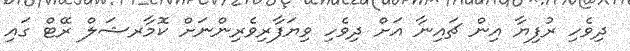
ދިވެހި ރުފިޔާ އިން ޗައިނާ އަށް ދިވެހި ވިޔަފާރިވެރިންނަށް ކޮމާރޝަލް ރޭޓް ގައި